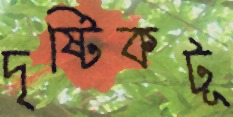
দৃষ্টিকটূ